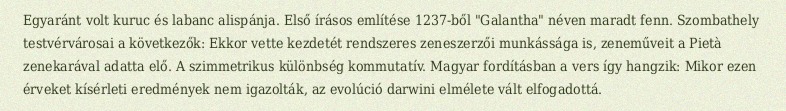
Egyaránt volt kuruc és labanc alispánja. Első írásos említése 1237-ből "Galantha" néven maradt fenn. Szombathely testvérvárosai a következők: Ekkor vette kezdetét rendszeres zeneszerzői munkássága is, zeneműveit a Pietà zenekarával adatta elő. A szimmetrikus különbség kommutatív. Magyar fordításban a vers így hangzik: Mikor ezen érveket kísérleti eredmények nem igazolták, az evolúció darwini elmélete vált elfogadottá.